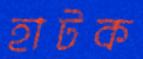
হাটক